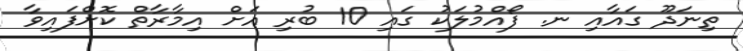
ތިނަދޫ ގައާއި ނ. ފޯއްމުލަކު ގައި 10 ބުރި އަށް އިމާރާތް ކޮށްފައިވާ